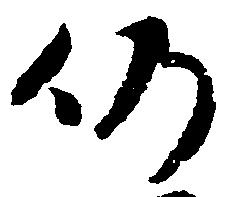
仍